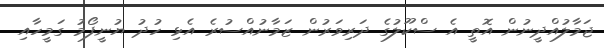
ޖަމާލުއްދީނުން އޮތީ އެ ސްކޫލުގެ ދަރިވަރުން ޒަމާނުއްސުރެ އެޅި ހުދު ޔުނީފޯމު ގަމީހާއި